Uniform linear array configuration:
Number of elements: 12
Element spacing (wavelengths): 0.75
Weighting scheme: binomial
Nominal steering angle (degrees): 60
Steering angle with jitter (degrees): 60.762
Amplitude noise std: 0.05
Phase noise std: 0.05

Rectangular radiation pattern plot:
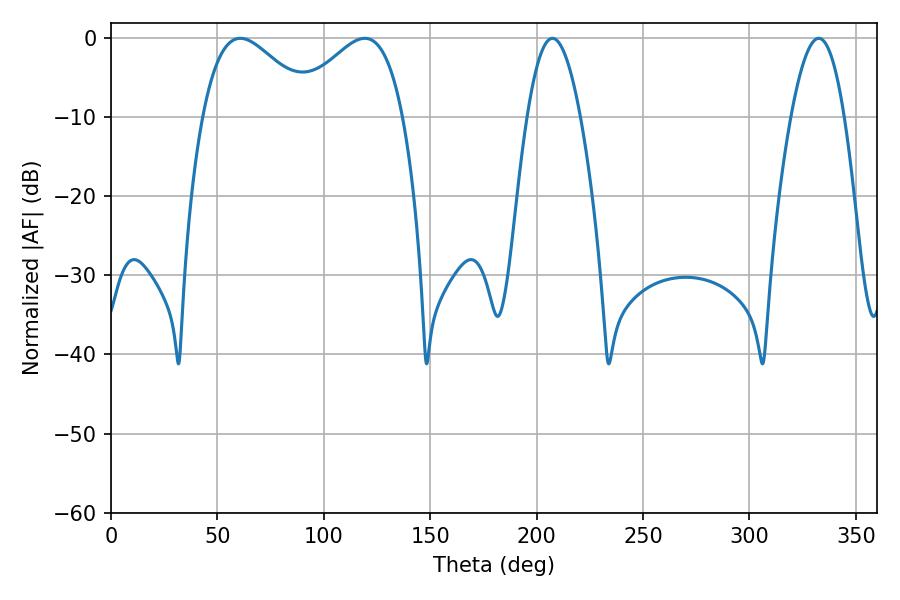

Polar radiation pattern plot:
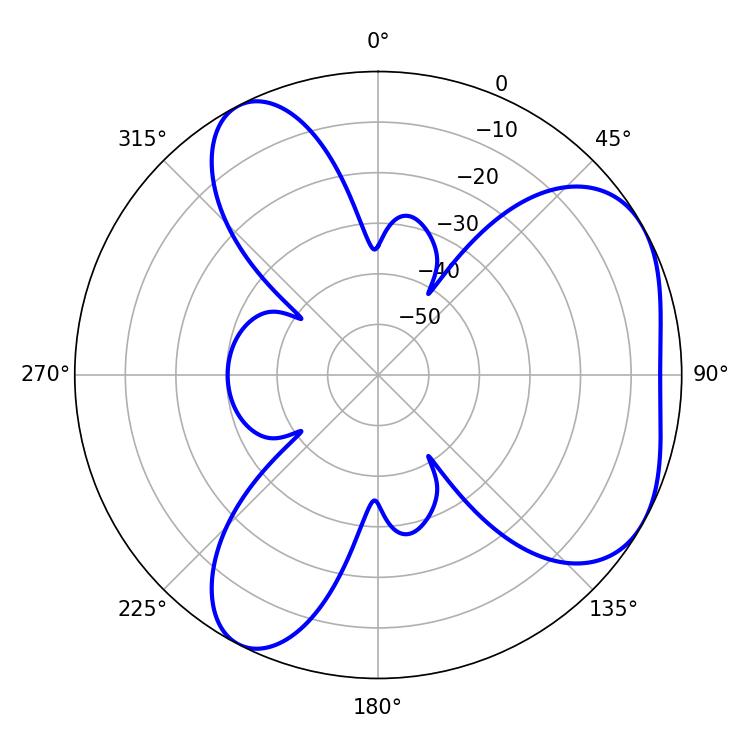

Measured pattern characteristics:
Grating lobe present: TRUE
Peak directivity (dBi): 4.692
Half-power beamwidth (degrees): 28.26
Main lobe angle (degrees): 60.84